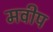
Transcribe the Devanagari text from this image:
मवीप